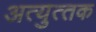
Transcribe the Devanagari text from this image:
अत्‍युत्‍तक